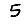
Digit: 5